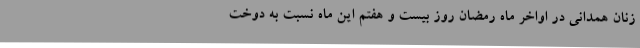
زنان همدانی در اواخر ماه رمضان روز بیست و هفتم این ماه نسبت به دوخت